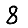
Digit: 8